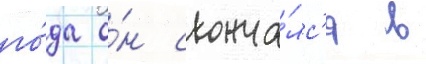
го́да о́н сконча́лс'я в